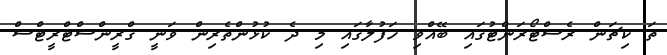
ތަ ކިޗަން ރެސްޓޯރަންޓުގައި ބޭއްވި ހަފުލާގައި މި ދެ ކުޅުންތެރިން ވަނީ ގްރީންސްޓްރީޓްސް